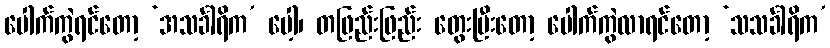
ပေါက်ကွဲရင်တော့ ‘အသင်္ခါရိက’ ပေါ့၊ တဖြည်းဖြည်း တွေးပြီးတော့ ပေါက်ကွဲလာရင်တော့ ‘သသင်္ခါရိက’